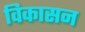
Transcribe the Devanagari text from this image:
विकासन